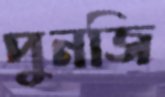
পুনজি